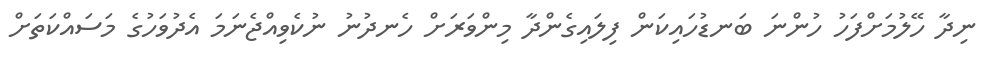
ނިދާ ހޭލުމަށްފަހު ހުންނަ ބަނޑުހައިކަން ފިލައިގެންދާ މިންވަރަށް ހެނދުނު ނުކެވިއްޖެނަމަ އެދުވަހުގެ މަސައްކަތަށް